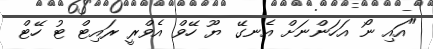
"އައި ނޯ އަހަންނަށް އެނގޭ ޔޫ ހޭވް އެވްރީ ރައިޓް ޓު ހޭޓް